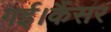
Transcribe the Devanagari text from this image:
गई।कैंसर